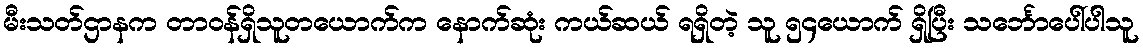
မီးသတ်ဌာနက တာဝန်ရှိသူတယောက်က နောက်ဆုံး ကယ်ဆယ် ရရှိတဲ့ သူ ၅၄ယောက် ရှိပြီး သင်္ဘောပေါ်ပါသူ